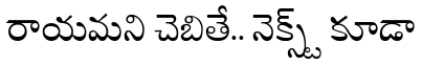
రాయమని చెబితే.. నెక్స్ట్ కూడా